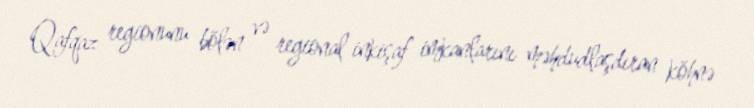
Qafqaz regionunu bölən və regional inkişaf imkanlarını məhdudlaşdıran köhnə